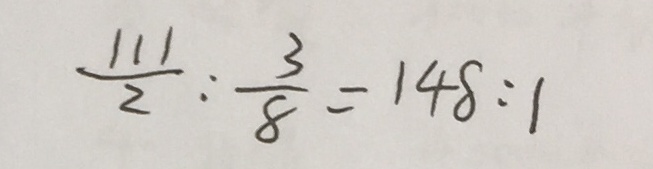
\frac { 1 1 1 } { 2 } : \frac { 3 } { 8 } = 1 4 8 : 1